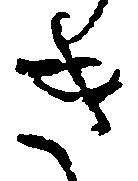
き